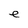
Character: e